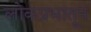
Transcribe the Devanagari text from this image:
लोकप्रभातून